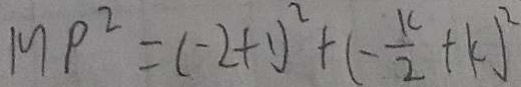
M P ^ { 2 } = ( - 2 + 1 ) ^ { 2 } + ( - \frac { k } { 2 } + k ) ^ { 2 }